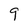
Character: 9